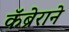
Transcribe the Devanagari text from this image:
कॅब्रेराने